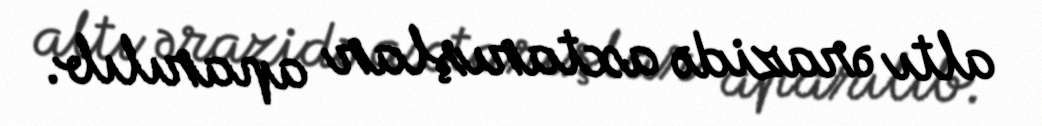
altı ərazidə axtarışlar aparılıb.